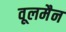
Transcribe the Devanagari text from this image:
वूलमैन